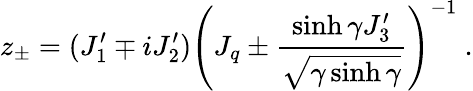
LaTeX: z_{\pm}=(J_{1}^{\prime}\mp iJ_{2}^{\prime})\left(J_{q}\pm\displaystyle\frac{\sinh\gamma J_{3}^{\prime}}{\sqrt{\gamma\sinh\gamma}}\right)^{-1}~.